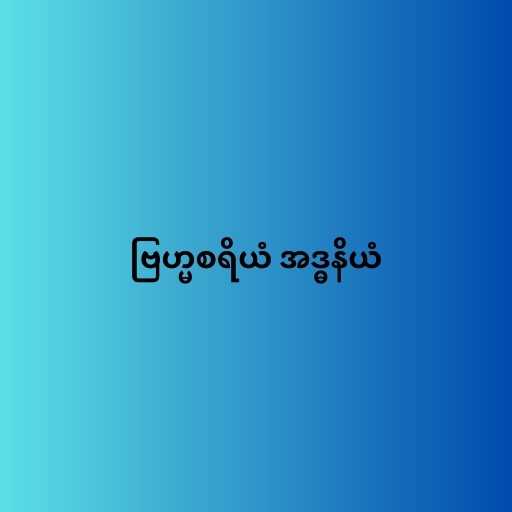
ဗြဟ္မစရိယံ အဒ္ဓနိယံ